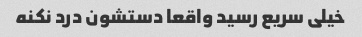
خیلی سریع رسید واقعا دستشون درد نکنه